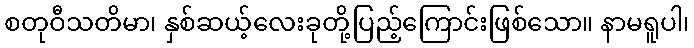
စတုဝီသတိမာ၊ နှစ်ဆယ့်လေးခုတို့ပြည့်ကြောင်းဖြစ်သော။ နာမရူပါ၊